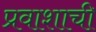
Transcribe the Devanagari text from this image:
प्रवाशाची